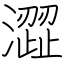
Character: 澀